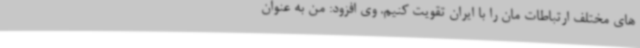
های مختلف ارتباطات مان را با ایران تقویت کنیم. وی افزود: من به عنوان